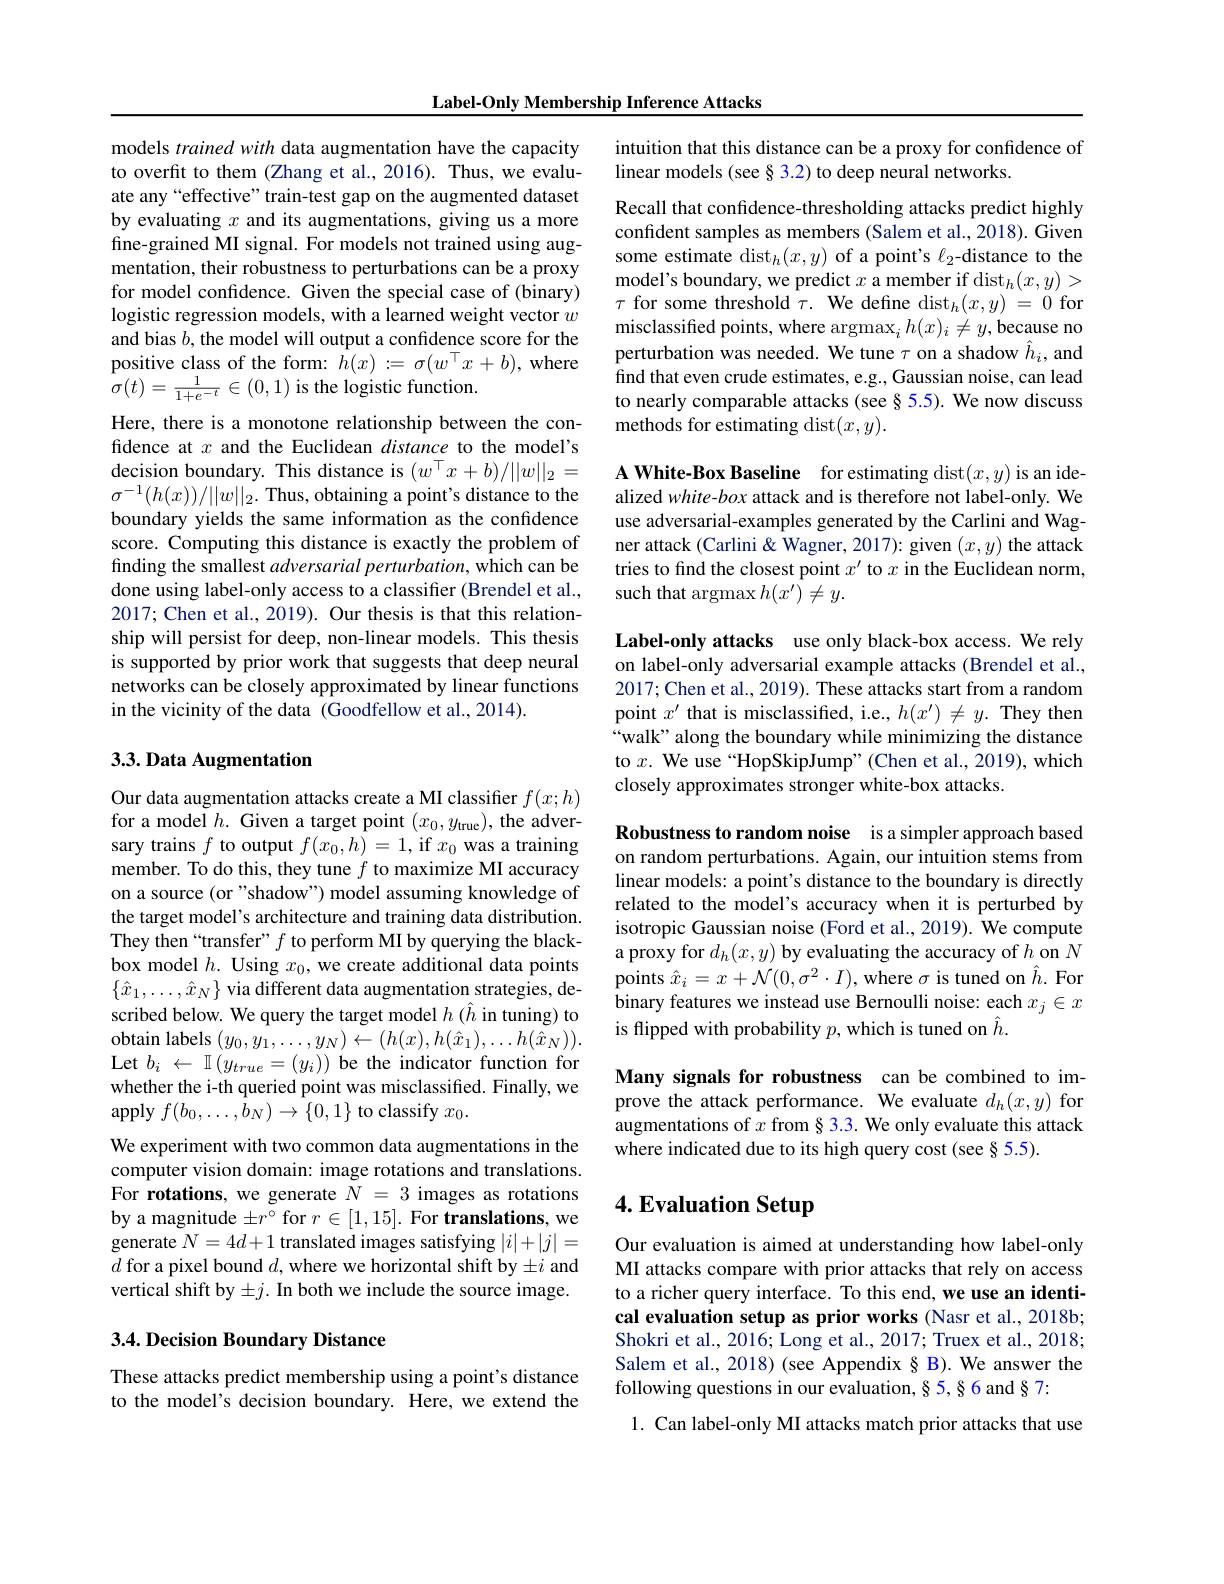
Label-Only Membership Inference Attacks

models trained with data augmentation have the capacity to overfit to them (Zhang et al., 2016). Thus, we evaluate any“effective” train-test gap on the augmented dataset by evaluating $x$ and its augmentations, giving us a more fine-grained MI signal. For models not trained using augmentation, their robustness to perturbations can be a proxy for model confidence. Given the special case of (binary) logistic regression models, with a learned weight vector $w$ and bias $b$, the model will output a confidence score for the positive class of the form: $\hat{h}(x):=\sigma(w^{\top}x+b)$, where $\sigma(t)=\frac{1}{1+e^{-t}}\in(0,1)$ is the logistic function.

Here, there is a monotone relationship between the confidence at $x$ and the Euclidean distance to the model's decision boundary. This distance is $(w^{\top}x+b)/||w||_2=$ $\sigma^{-1}(h(x))/||w||_2.$ Thus, obtaining a point's distance to the boundary yields the same information as the confidence score. Computing this distance is exactly the problem of finding the smallest adversarial perturbation, which can be done using label-only access to a classifier (Brendel et al., 2017; Chen et al., 2019). Our thesis is that this relationship will persist for deep, non-linear models. This thesis is supported by prior work that suggests that deep neural networks can be closely approximated by linear functions in the vicinity of the data (Goodfellow et al.,2014).

## $3. 3. \textbf{Data Augmentation}$

Our data augmentation attacks create a MI classifier $f(x;h)$ for a model $h.$ Given a target point $(x_0,y_{\mathrm{true}})$, the adversary trains $f$ to output $f(x_0,h)=1$, if $x_0$ was a training member. To do this, they tune $f$ to maximize MI accuracy on a source (or "shadow") model assuming knowledge of the target model's architecture and training data distribution. They then“transfer”$f$ to perform MI by querying the blackbox model $h.$ Using $x_0$, we create additional data points $\{\hat{x}_1,\ldots,\hat{x}_N\}$ via different data augmentation strategies, described below. We query the target model $h$ ($\hat{h}$ in tuning) to $\mathop{\mathrm{obtain~labels~}}(y_{0},y_{1},\ldots,y_{N})\leftarrow(h(x),h(\hat{x}_{1}),\ldots h(\hat{x}_{N})).$ Let $b_i~\leftarrow~\mathbb{I}\left(y_{true}=(y_{i})\right)$ be the indicator function for whether the i-th queried point was misclassified. Finally, we apply $f(b_0,\ldots,\bar{b}_N)\to\{0,1\}$ to classify $x_0.$
We experiment with two common data augmentations in the computer vision domain: image rotations and translations. For rotations, we generate $N=3$ images as rotations by a magnitude $\pm r^\circ$ for $r\in[1,15].$ For translations, we generate $N=4d+1$ translated images satisfying $|i|+|j|=$ $d$ for a pixel bound $d$,where we horizontal shift by$\pm i$ and vertical shift by $\pm j.$ In both we include the source image.

## 3.4. Decision Boundary Distance

These attacks predict membership using a point's distance to the model's decision boundary. Here, we extend the

intuition that this distance can be a proxy for confidence of
linear models (see§3.2) to deep neural networks.

Recall that confdence-thresholding attacks predict highly confident samples as members (Salem et al., 2018). Given some estimate d$ist_h( x, y)$ of a point's $\ell_2$-distance to the model's boundary, we predict $x$ a member if dist$_h(x,y)>$ $\tau$ for some threshold $\tau.$ We define d$ist_h( x, y) = 0$ for misclassified points, where argmax$_ih(x)_i\neq y$,because no perturbation was needed. We tune $\tau$ on a shadow $\hat{h}_i$, and find that even crude estimates, e.g., Gaussian noise, can lead to nearly comparable attacks (see§5.5). We now discuss methods for estimating dist$(x,y).$

A White-Box Baseline for estimating dist$(x,y)$ is an idealized white-box attack and is therefore not label-only. We use adversarial-examples generated by the Carlini and Wagner attack (Carlini & Wagner, 2017): given $(x,y)$ the attack tries to find the closest point $x^\prime$ to $x$ in the Euclidean norm, such that argmax $h(x^\prime)\neq y.$

Label-only attacks use only black-box access. We rely on label-only adversarial example attacks (Brendel et al., 2017; Chen et al., 2019). These attacks start from a random point $x^\prime$ that is misclassified, i.e., $h(x^\prime)\neq y.$ They then “walk” along the boundary while minimizing the distance to $x.$ We use“HopSkipJump”(Chen et al., 2019), which closely approximates stronger white-box attacks.

Robustness to random noise is a simpler approach based on random perturbations. Again, our intuition stems from linear models: a point's distance to the boundary is directly related to the model's accuracy when it is perturbed by isotropic Gaussian noise (Ford et al., 2019). We compute a proxy for $d_h(x,y)$ by evaluating the accuracy of $h$ on $N$ points $\hat{x}_i=x+\mathcal{N}(0,\sigma^2\cdot I)$, where $\sigma$ is tuned on $\hat{h}.$ For binary features we instead use Bernoulli noise: each $x_j\in x$ is flipped with probability $p$, which is tuned on $\hat{h}.$

Many signals for robustness can be combined to improve the attack performance. We evaluate $d_h(x,y)$ for augmentations of $x$ from § 3.3. We only evaluate this attack where indicated due to its high query cost (see § 5.5).

# 4. Evaluation Setup

Our evaluation is aimed at understanding how label-only MI attacks compare with prior attacks that rely on access to a richer query interface. To this end, we use an identical evaluation setup as prior works (Nasr et al., 2018b; Shokri et al., 2016; Long et al., 2017; Truex et al., 2018; Salem et al., 2018) (see Appendix§ B). We answer the following questions in our evaluation, § 5, § 6 and § 7:
1. Can label-only MI attacks match prior attacks that use